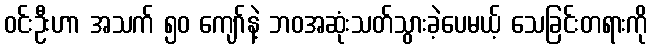
ဝင်းဦးဟာ အသက် ၅၀ ကျော်နဲ့ ဘဝအဆုံးသတ်သွားခဲ့ပေမယ့် သေခြင်းတရားကို